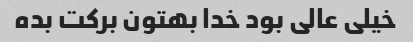
خیلی عالی بود خدا بهتون برکت بده